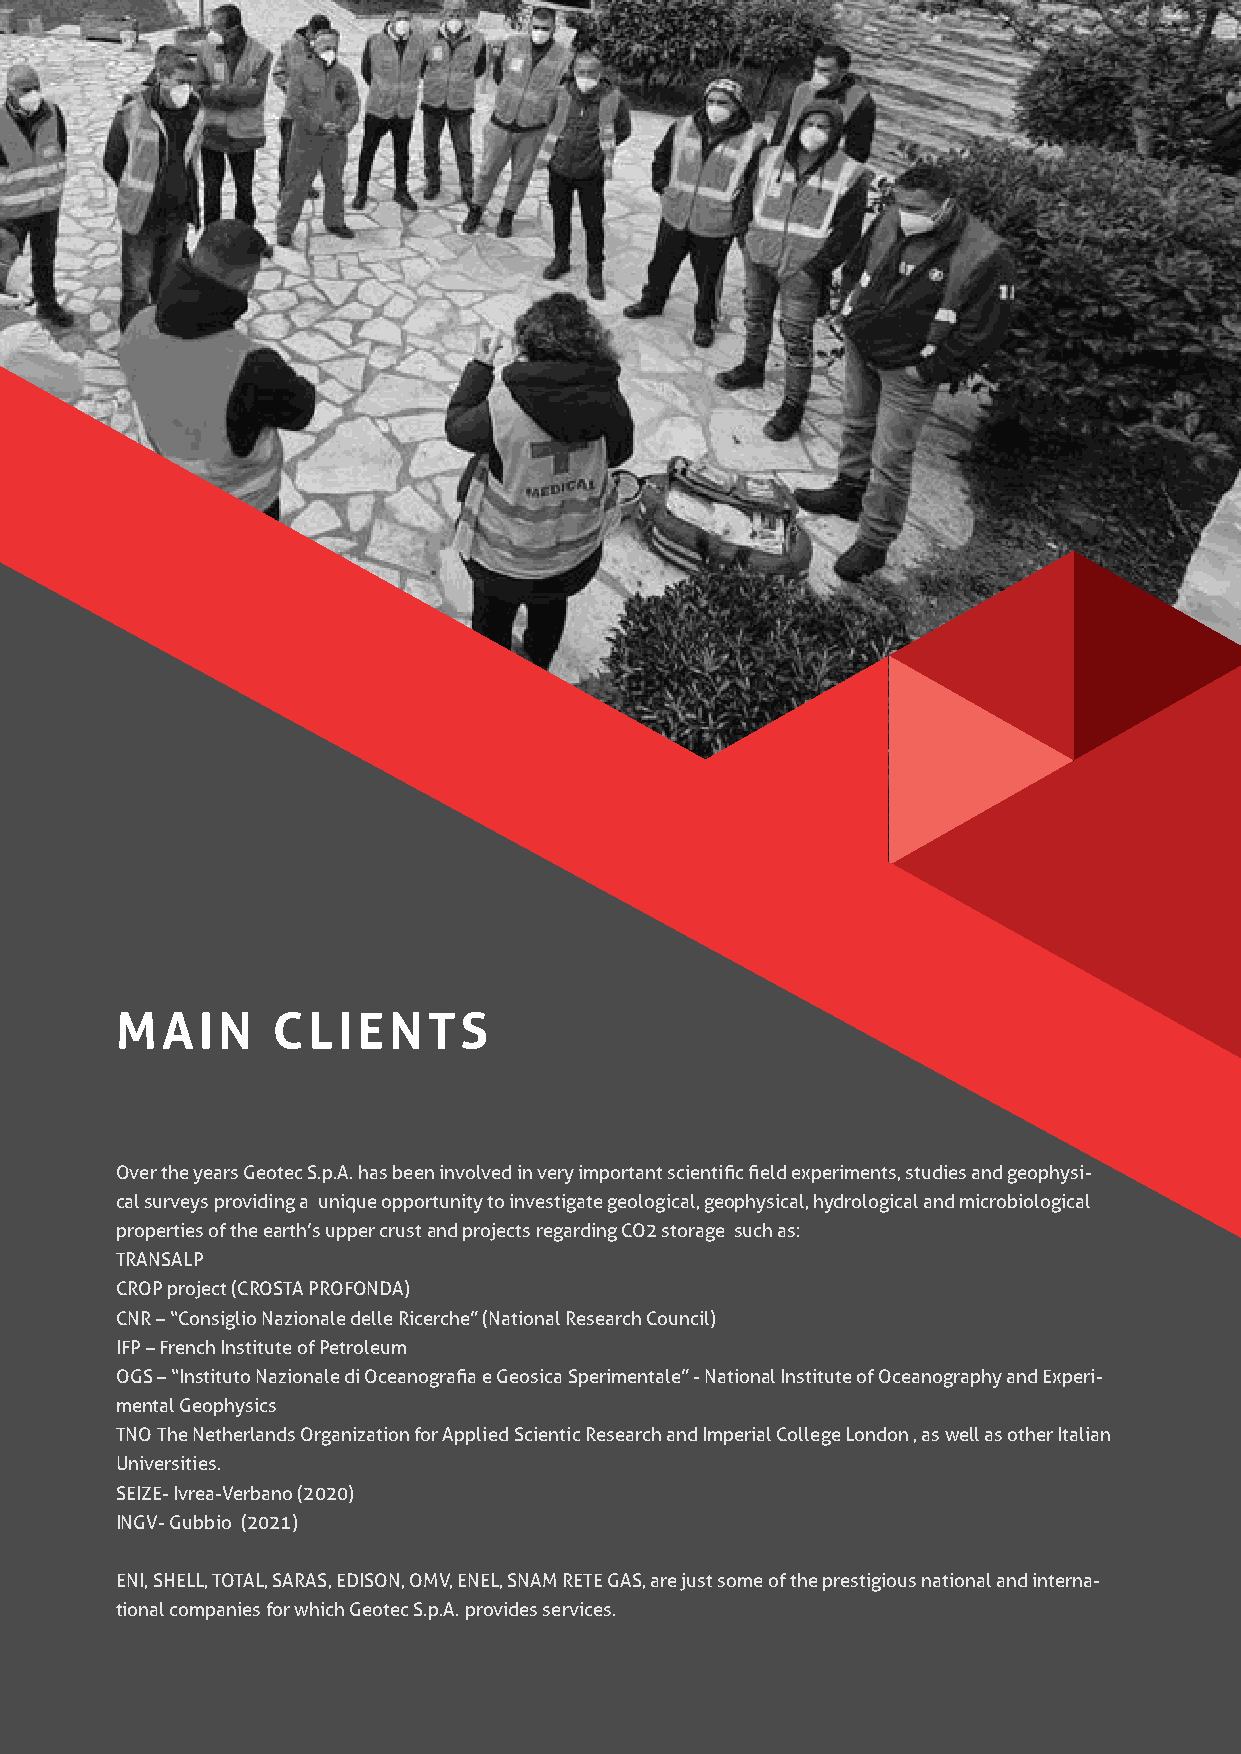
GEOTECSPA.COM
 MAIN      CLIENTS
 Over the years Geotec S.p.A. has been involved in very important scientific field experiments, studies and geophysi-
 cal surveys providing a unique opportunity to investigate geological, geophysical, hydrological and microbiological
 properties of the earth’s upper crust and projects regarding CO2 storage such as:
 TRANSALP
 CROP project (CROSTA PROFONDA)
 CNR – “Consiglio Nazionale delle Ricerche” (National Research Council)
 IFP – French Institute of Petroleum
 OGS – “Instituto Nazionale di Oceanografia e Geosica Sperimentale” - National Institute of Oceanography and Experi-
 mental Geophysics
 TNO The Netherlands Organization for Applied Scientic Research and Imperial College London , as well as other Italian
 Universities.
 SEIZE- Ivrea-Verbano (2020)
 INGV- Gubbio (2021)
 ENI, SHELL, TOTAL, SARAS, EDISON, OMV, ENEL, SNAM RETE GAS, are just some of the prestigious national and interna-
 tional companies for which Geotec S.p.A. provides services.
 7